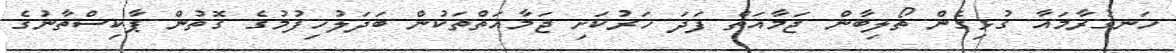
ހަނގުރާމައާ ގުޅިގެން ތޯލިބާން ޖަމާއަތް ފަދަ ހަރުކަށި ޖަމާއަތްތަކުން ބަދަލުހިފުމުގެ ގޮތުން ޕާކިސްތާނުގެ